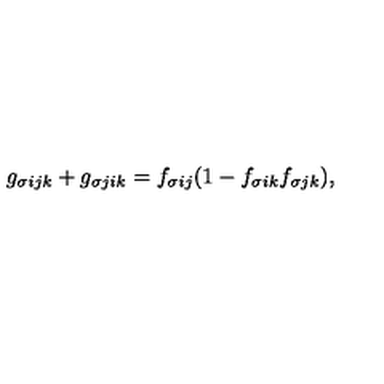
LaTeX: g _ { \sigma i j k } + g _ { \sigma j i k } = f _ { \sigma i j } ( 1 - f _ { \sigma i k } f _ { \sigma j k } ) ,